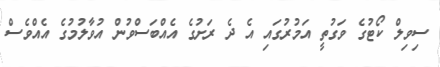
ސިވިލް ކޯޓުގެ ވަގުތީ އަމުރުގައި އެ ދެ ރަށުގެ އެއްބަސްވުން އުވާލުމުގެ އެއްވެސް